Trukikaitis_Postimees, lk 57
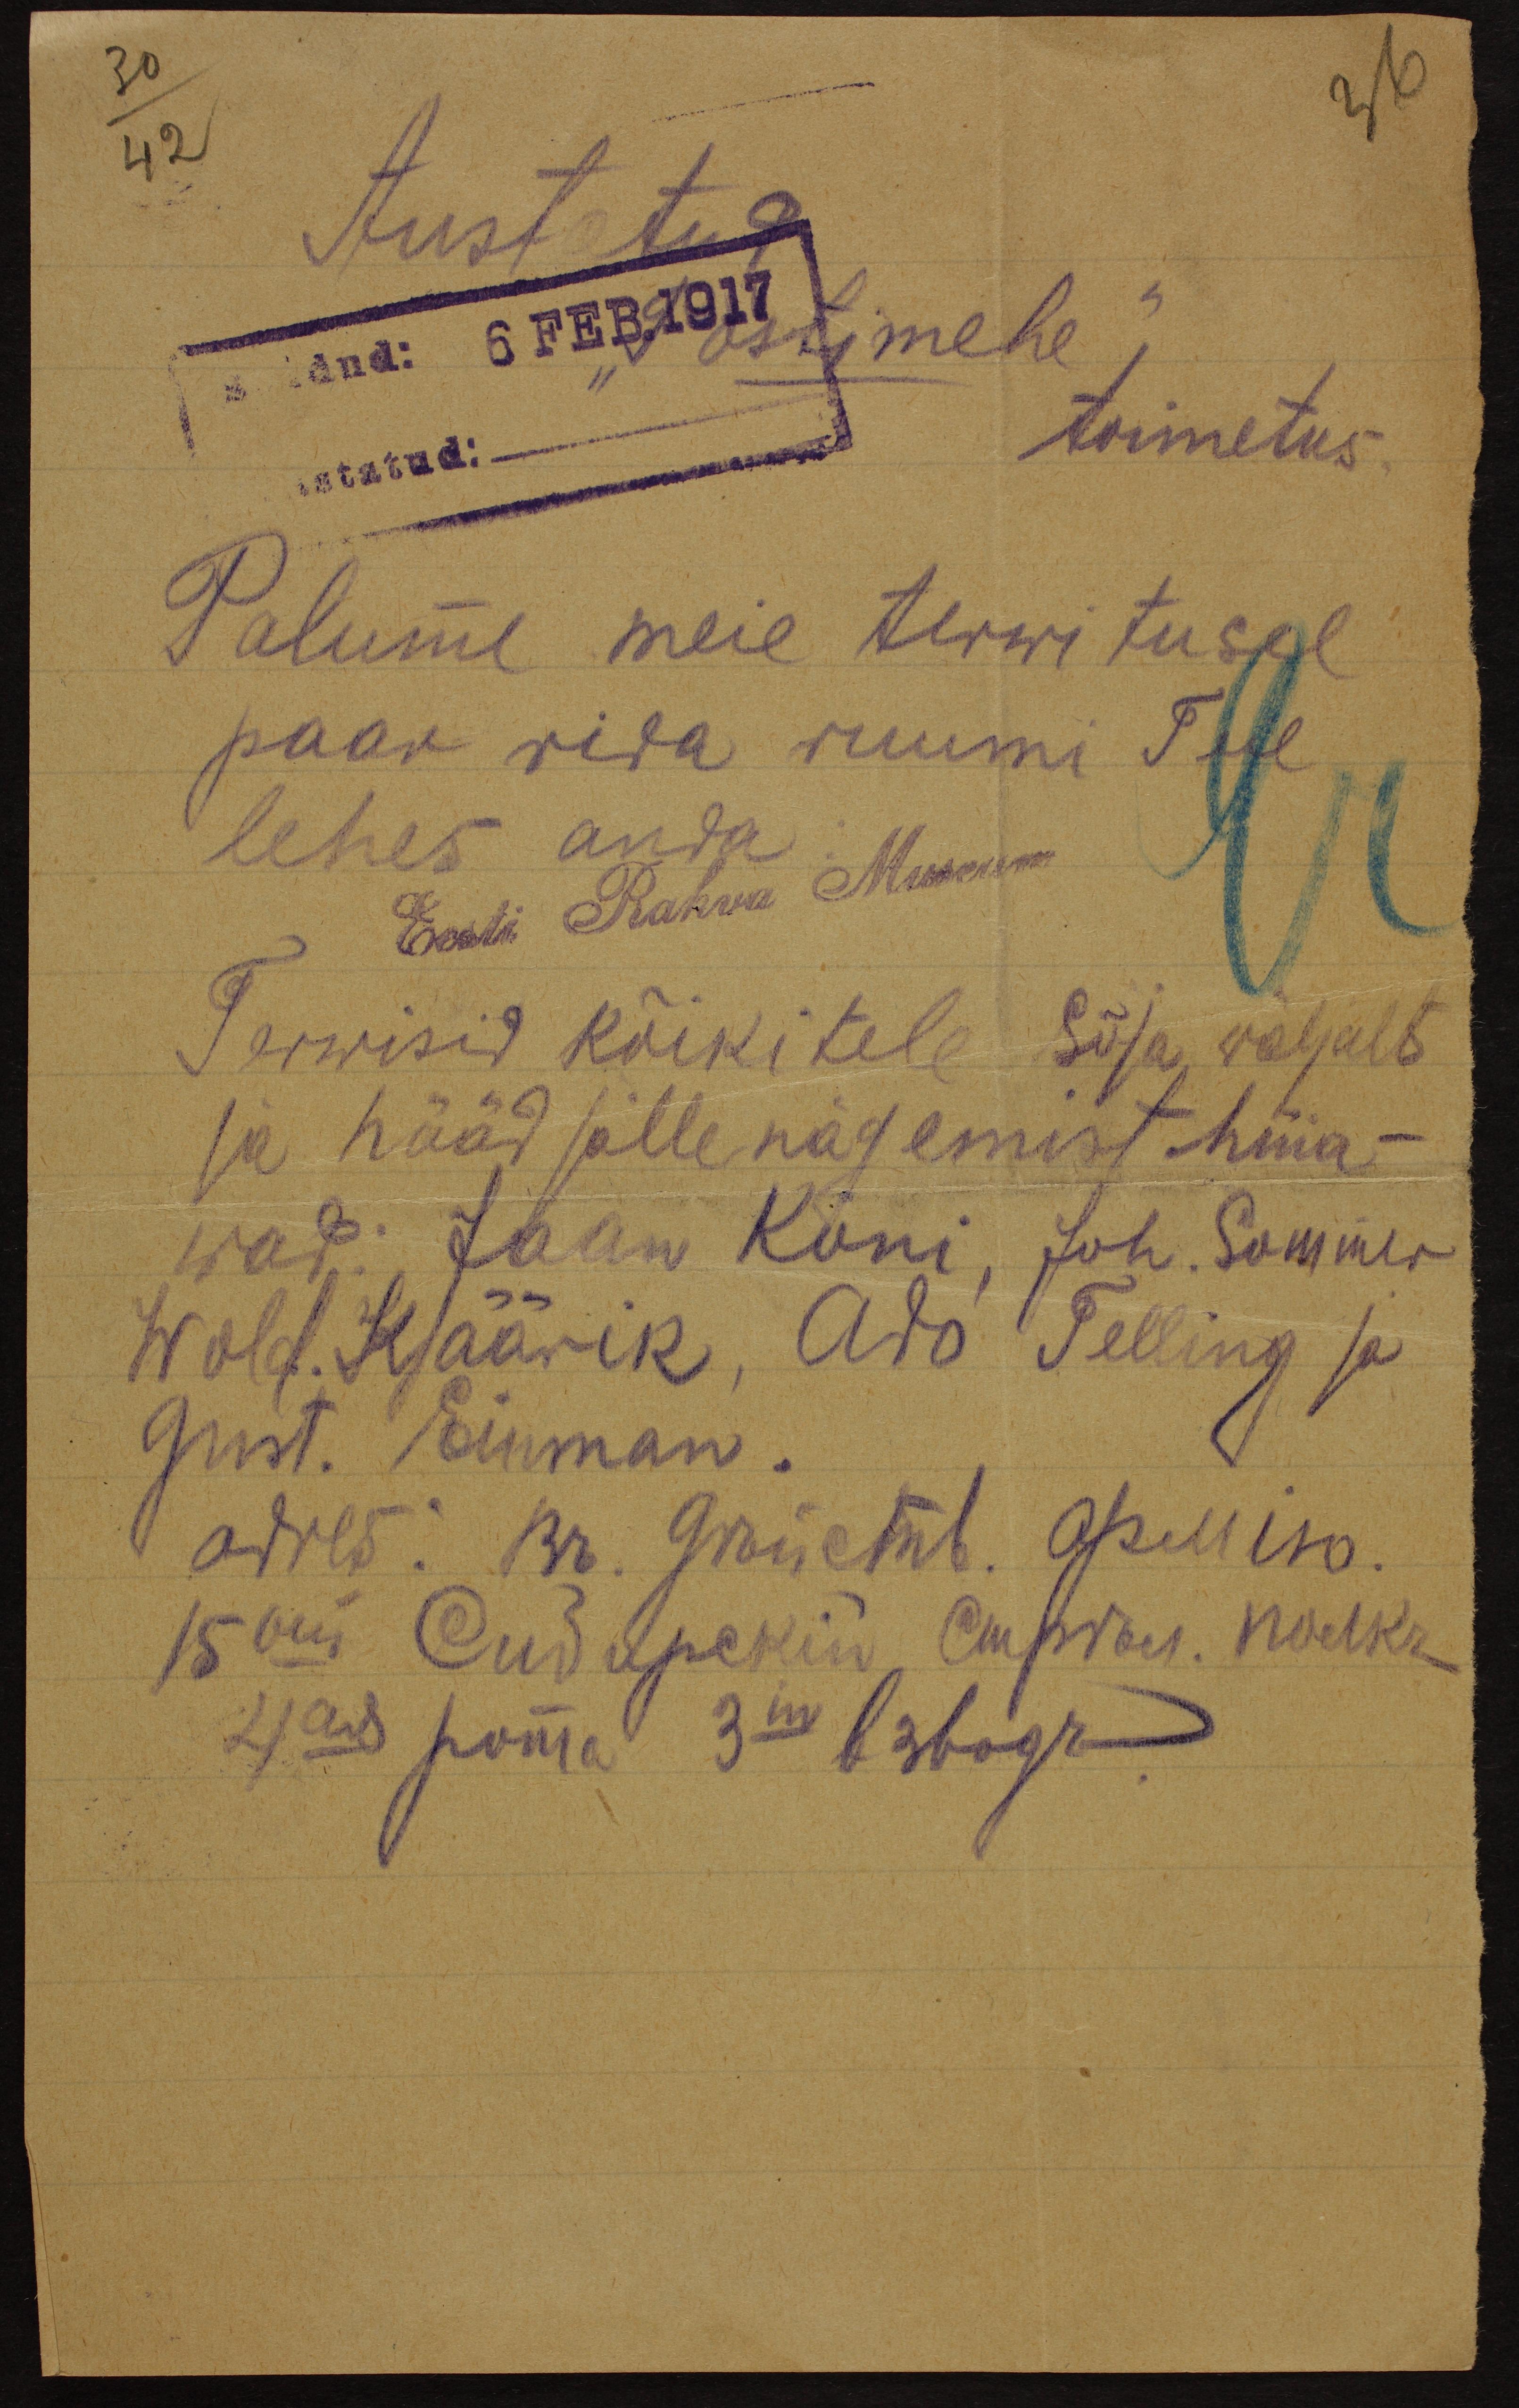
Austatu
saadud: 6 Feb 1917  Postimehe
toimetus.
Palume meie terwitusel
paar rida ruumi Teie
lehes anda:
Eesti Rahva Museum
Terwisid kõikitele Sõja väljalt
ja hääd jälle nägemist hüa-
wad. Jaan Köni, Joh. Sammer
Wold. Käärik, Ado Selling ja
Just. Einman
adres: Br. 9 wõetab. Среляo.